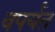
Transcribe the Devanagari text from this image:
वपर्यंत